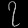
Digit: ၇